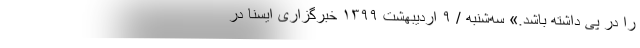
را در پی داشته باشد.» سه‌شنبه / ۹ اردیبهشت ۱۳۹۹ خبرگزاری ایسنا در